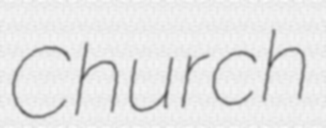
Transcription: Church